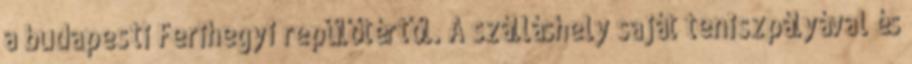
a budapesti Ferihegyi repülőtértől. A szálláshely saját teniszpályával és